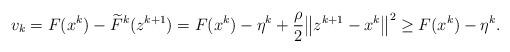
LaTeX: \begin{align*}v_k = F(x^k) - \widetilde{F}^k(z^{k+1}) = F(x^k) - \eta^k + \frac{\rho}{2}\big\|z^{k+1} - x^k\big\|^2 \geq F(x^k) - \eta^k.\end{align*}